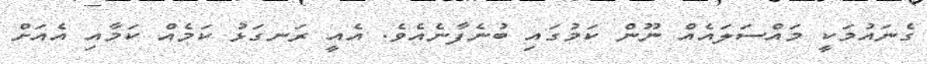
ގެނައުމަކީ މައްސަލައެއް ނޫން ކަމުގައި ބުނެފާނެއެވެ. އެއީ ރަނގަޅު ކަމެއް ކަމާއި އެއަށް